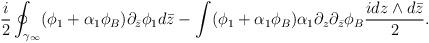
LaTeX: \begin{align*}\frac{i}{2}\oint_{\gamma_\infty}(\phi_1+\alpha_1\phi_B)\partial_{\bar z}\phi_1d\bar z -\int (\phi_1+\alpha_1\phi_B) \alpha_1\partial_z\partial_{\bar z}\phi_B\frac{idz\wedge d\bar z}{ 2}.\end{align*}